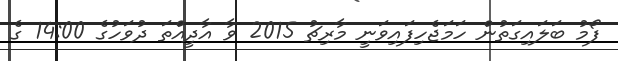
ފޯމު ބަލައިގަތުން ހަމަޖެހިފައިވަނީ މާރިޗު 2015 ވާ އާދީއްތަ ދުވަހުގެ 14:00 ގެ